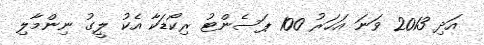
އަދި 2013 ވަނަ އަހަރު 100 ޕަސެންޓު ރިކޯޑަކާ އެކު ލީގު ނިންމާލި